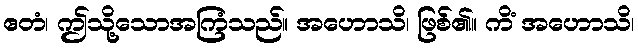
ဧတံ၊ ဤသို့သောအကြံသည်။ အဟောသိ၊ ဖြစ်၏။ ကိံ အဟောသိ၊